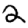
Digit: 2